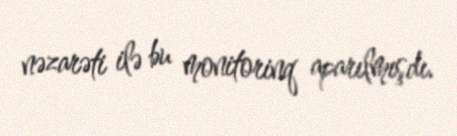
nəzarəti ilə bu monitorinq aparılmışdı.